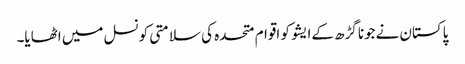
پاکستان نےجونا گڑھ کےایشو کو اقوام متحدہ کی سلامتی کونسل میں اٹھایا۔